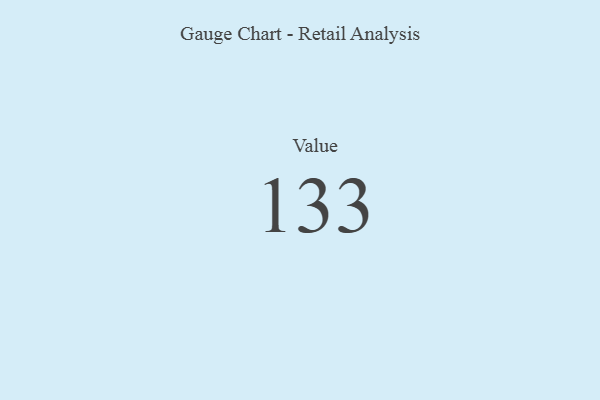
{"axis": {"x": "Metric", "y": "Value"}, "legend": [""], "data": [{"x": "Value", "y": 133, "type": ""}]}